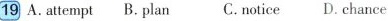
19 A.attempt B. plan C. notice D. chance